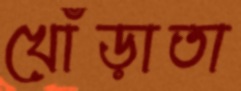
খোঁড়াতা